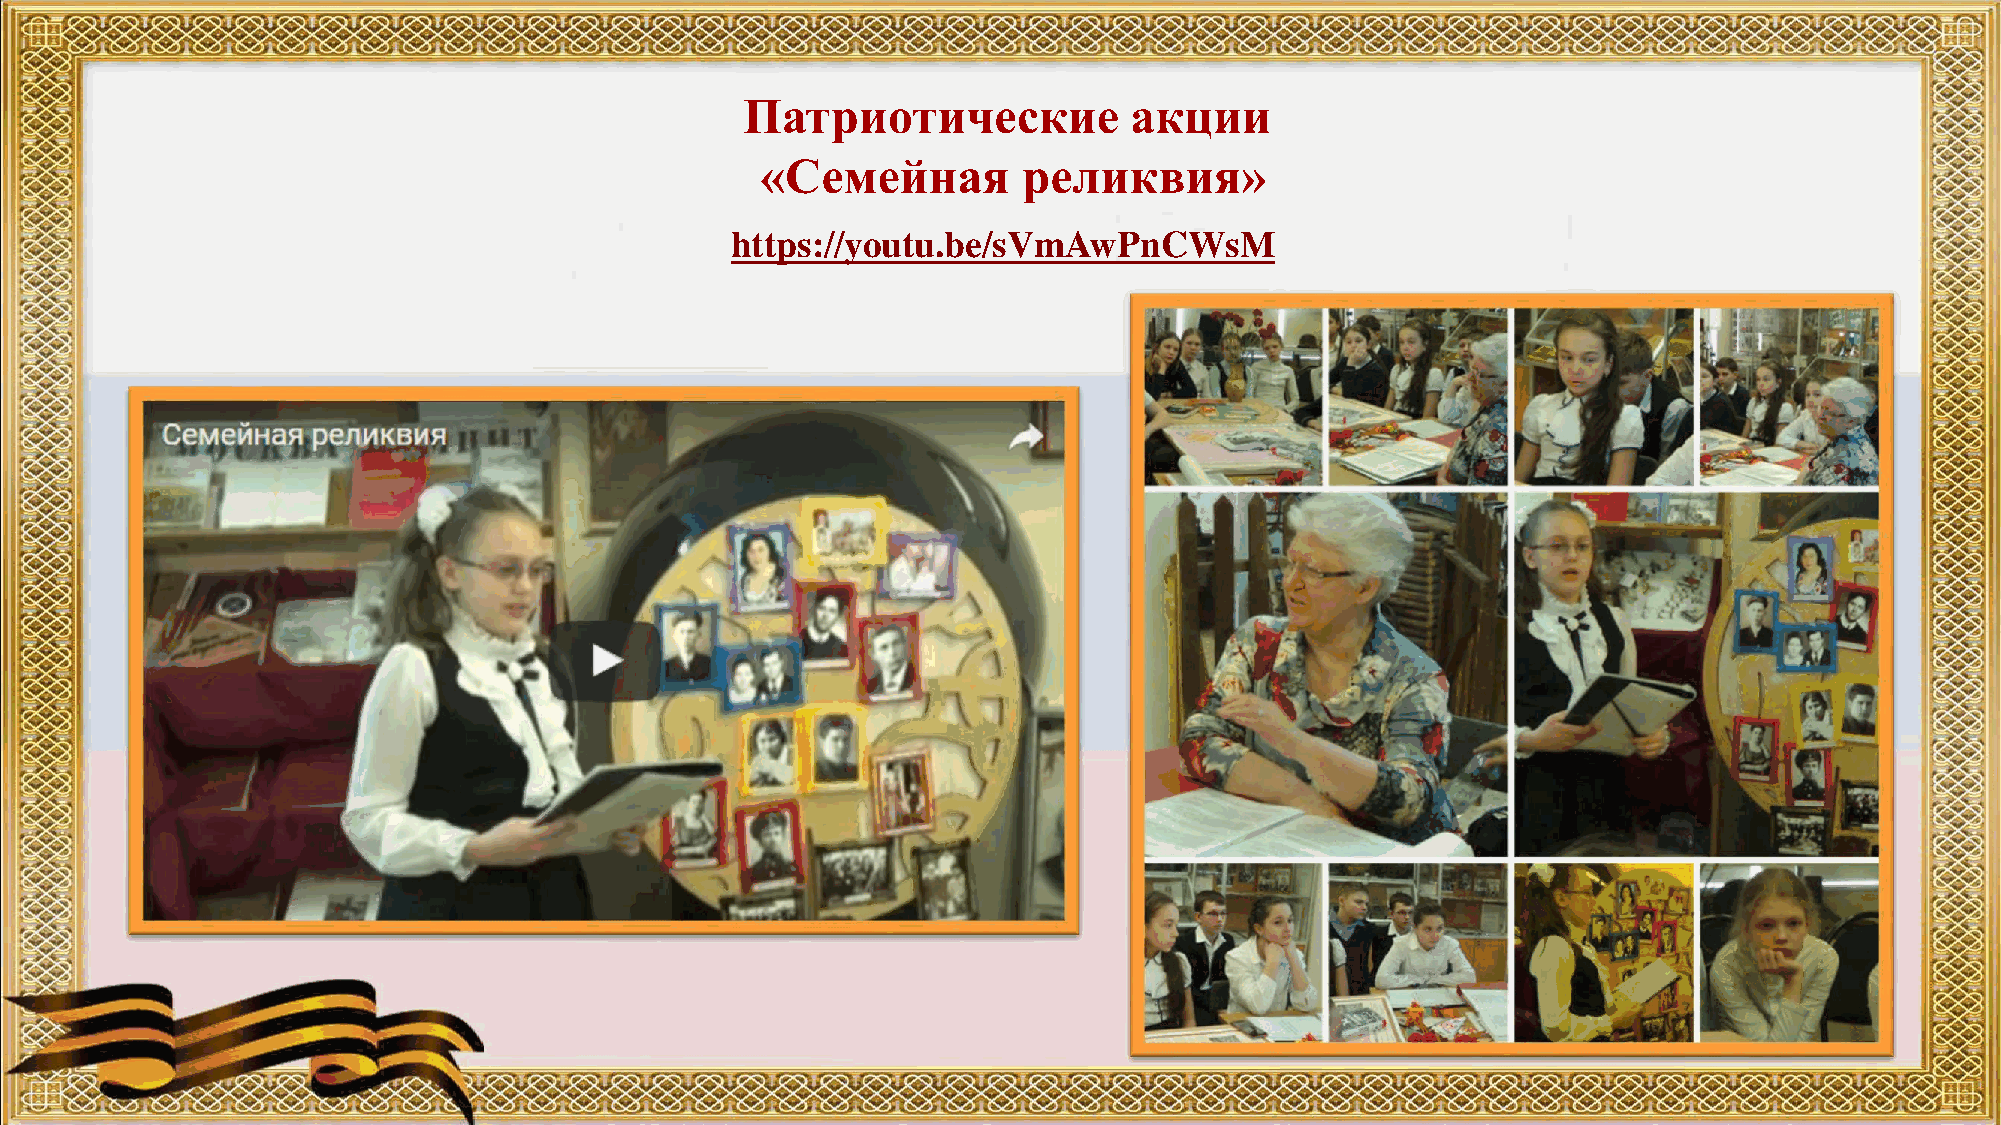
Патриотические            акции
 «Семейная         реликвия»
 https://youtu.be/sVmAwPnCWsM